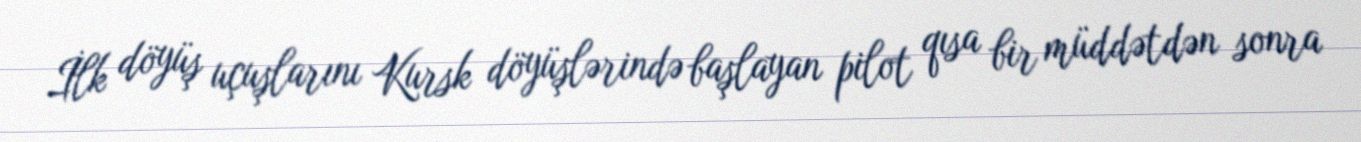
İlk döyüş uçuşlarını Kursk döyüşlərində başlayan pilot qısa bir müddətdən sonra